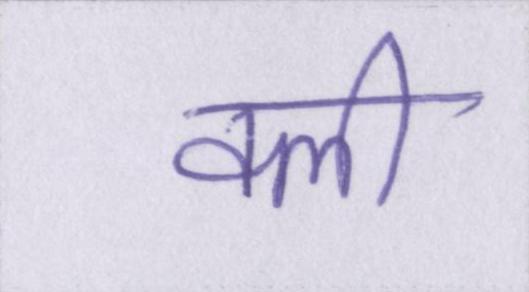
क्ली